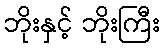
ဘိုးနှင့် ဘိုးကြီး